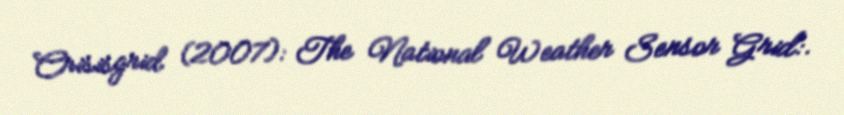
Crisisgrid (2007): The National Weather Sensor Grid:.